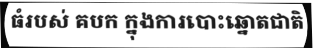
ធំរបស់ គបក ក្នុងការបោះឆ្នោតជាតិ